Civil Veterinary Dept. Assam report 1927-50 - 1927-1950
Year: 1927
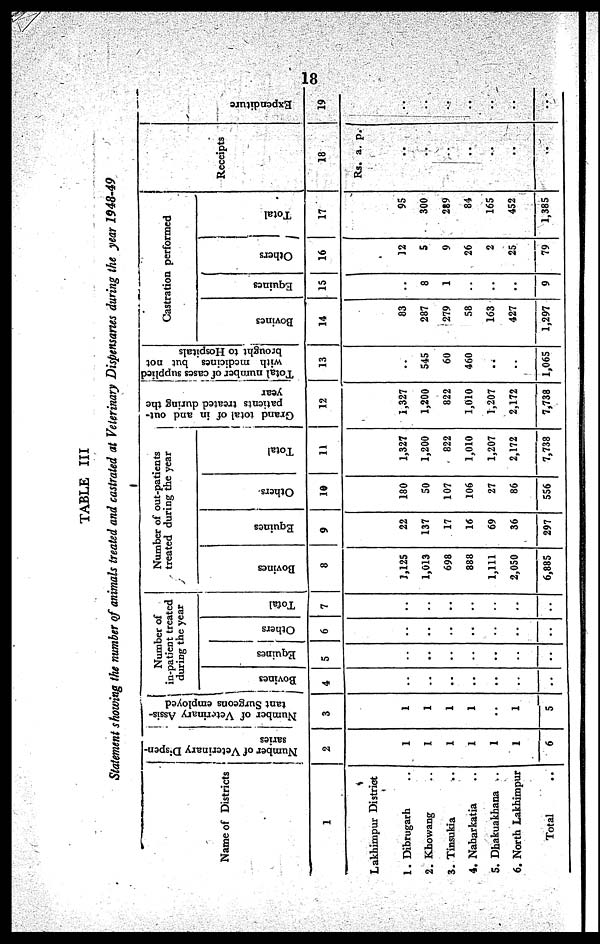
18
TABLE III
Statement showing the number of animals treated and castrated at Veterinary Dispensaries during the year 1948-49
Name of Districts
1
Lakhimpur District
1. Dibrugarh ..
2. Khowang ..
3. Tinsukia ..
4. Naharkatia ..
5. Dhakuakhana ..
6. North Lakhimpur
Total ..
Number of Veterinary Dispen-
saries
2
1
1
1
1
1
1
6
Number of Veterinary Assis-
tant Surgeons employed
3
1
1
1
1
..
1
5
Number of
in-patient treated
during the year
Bovines
4
..
..
..
..
..
..
..
Equines
5
..
..
..
..
..
..
..
Others
6
..
..
..
..
..
..
..
Total
7
..
..
..
..
..
..
..
Number of out-patients
treated during the year
Bovines
8
3,125
1,013
698
888
1,111
2,050
6,885
Equines
9
22
137
17
16
69
36
297
Others
10
180
50
107
106
27
86
556
Total
11
1,327
1,200
822
1,010
1,207
2,172
7,738
Grand total of in and out-
patients treated during the
year
12
1,327
1,200
822
1,010
1,207
2,172
7,738
Total number of cases supplied
with medicines but not
brought to Hospitals
13
..
545
60
460
..
..
1,065
Castration performed
Bovines
14
83
287
279
58
163
427
1,297
Equines
15
..
8
1
..
..
9
Others
16
12
5
9
26
2
25
79
Total
17
..
95
300
289
84
165
452
1,385
Receipts
18
Rs.
..
..
..
..
..
..
..
a. p.
Expenditure
19
..
..
..
..
..
..
..